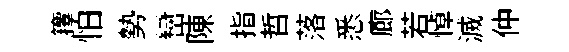
籜怕勢巒陳指哲落悉廊若悼滅仲